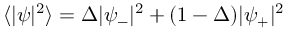
\langle | \psi | ^ { 2 } \rangle = \Delta | \psi _ { - } | ^ { 2 } + ( 1 - \Delta ) | \psi _ { + } | ^ { 2 }